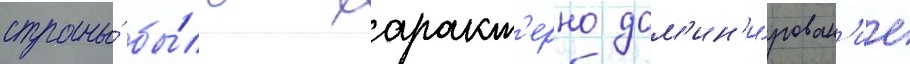
страны́ бы́ло характ'ерно дом'ин'и́рован'ие